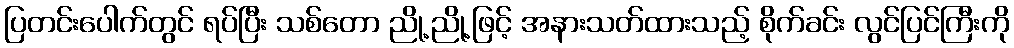
ပြတင်းပေါက်တွင် ရပ်ပြီး သစ်တော ညို့ညို့ဖြင့် အနားသတ်ထားသည့် စိုက်ခင်း လွင်ပြင်ကြီးကို